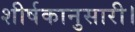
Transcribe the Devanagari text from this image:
शीर्षकानुसारी।